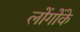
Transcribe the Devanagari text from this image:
लोंगोंके